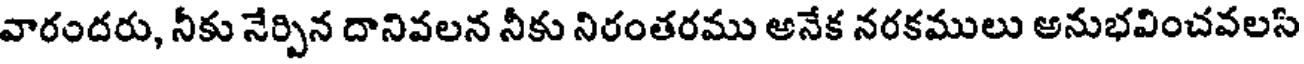
వారందరు, నీకు నేర్పిన దానివలన నీకు నిరంతరము అనేక నరకములు అనుభవించవలస్